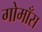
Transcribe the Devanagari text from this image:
गोमाँस